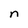
Character: n